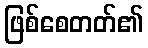
ဖြစ်စေတတ်၏